Source: Handwritten
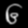
Digit: ၆ (6)